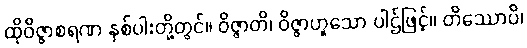
ထိုဝိဇ္ဇာစရဏ နှစ်ပါးတို့တွင်။ ဝိဇ္ဇာတိ၊ ဝိဇ္ဇာဟူသော ပါဌ်ဖြင့်။ တိဿောပိ၊